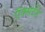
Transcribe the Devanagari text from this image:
ऍक्सटेंड